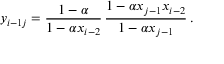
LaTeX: y _ { i - 1 j } = \frac { 1 - \alpha } { 1 - \alpha x _ { i - 2 } } \, \frac { 1 - \alpha x _ { j - 1 } x _ { i - 2 } } { 1 - \alpha x _ { j - 1 } } \, .